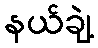
နယ်ချဲ့